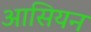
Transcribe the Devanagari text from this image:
आसियन